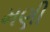
મણી